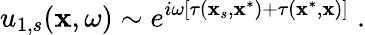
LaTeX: u_{1,s}(\mathbf{x},\omega)\sim e^{i\omega\left[\tau(\mathbf{x}_{s},\mathbf{x}^{*})+\tau(\mathbf{x}^{*},\mathbf{x})\right]}\; .